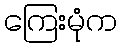
ကြေးမုံက